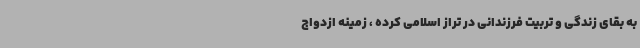
به بقای زندگی و تربیت فرزندانی در تراز اسلامی کرده ، زمینه ازدواج